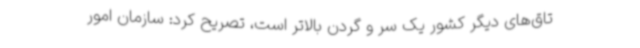
تاق‌های دیگر کشور یک سر و گردن بالاتر است، تصریح کرد: سازمان امور